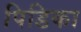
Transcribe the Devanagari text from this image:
पिडिका